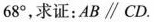
6 8 °$$，求证：AB\parallel CD.